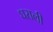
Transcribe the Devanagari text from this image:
घराली